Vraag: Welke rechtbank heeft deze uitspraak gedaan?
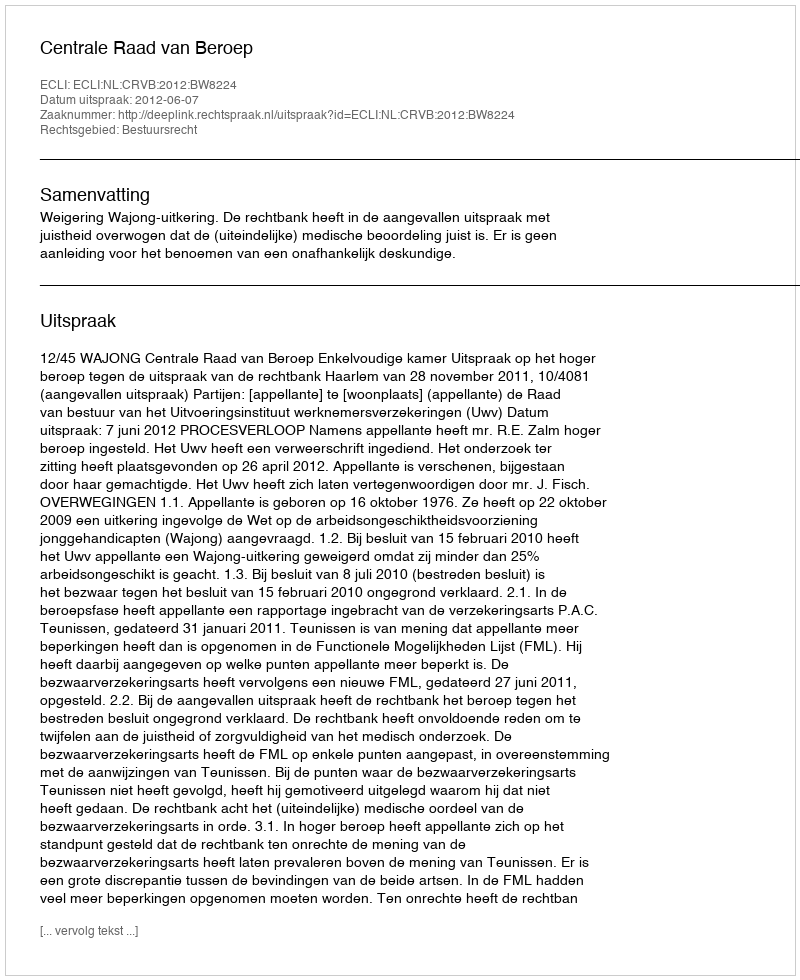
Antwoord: Centrale Raad van Beroep